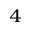
^ 4